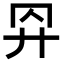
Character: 𢌺